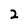
Character: 2